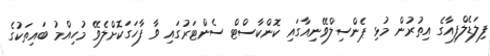
ފިލަޑެލްފިއާގެ އިތުރުން މުޅި ޕެންސިލްވޭނިއާގައި ކޮންކާސްޓް ސެންޓަރުގައި ވާ ފާހަގަކޮށްލެވޭ މުހިއްމު ބައިތަކުގެ